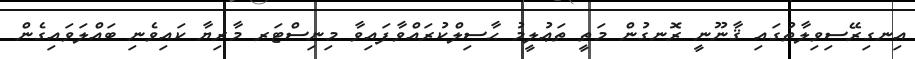
އިނގިރޭސިވިލާތުގައި ޤާނޫނީ ރޮނގުން މަތީ ތަޢުލީމު ޙާސިލްކުރައްވާފައިވާ މިނިސްޓަރ މާރިޔާ ކައިވެނި ބައްލަވައިގެން